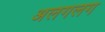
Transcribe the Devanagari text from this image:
अलगलग